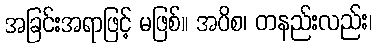
အခြင်းအရာဖြင့် မဖြစ်။ အပိစ၊ တနည်းလည်း၊